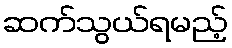
ဆက်သွယ်ရမည့်